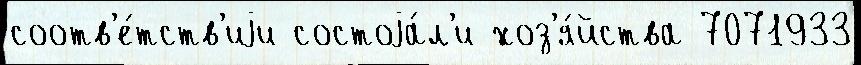
соотв'е́тств'иjи состоjа́л'и хоз'я́йства 7071933